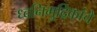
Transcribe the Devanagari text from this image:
ध्वनिमुद्रिकांचे